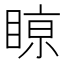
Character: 𥈘